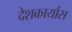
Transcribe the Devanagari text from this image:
देशकार्यास